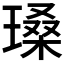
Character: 𪼏